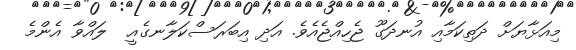
މިއަޅާޔަށް ދަތިކަމާއި އުނދަގޫ ޖެހިއްޖެއެވެ. އަދި އިބަރަސްކަލާނގެއީ  ލައްވާ އެންމެ